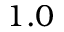
1 . 0